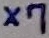
Text: X7